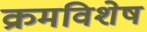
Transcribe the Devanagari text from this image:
क्रमविशेष